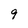
Character: 9